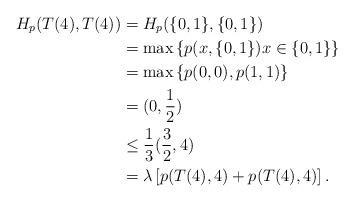
LaTeX: \begin{align*}H_p(T(4),T(4))&=H_p(\{0,1\},\{0,1\})\\&=\max\left\{p(x,\{0,1\})x\in\{0,1\}\right\}\\&=\max\left\{p(0,0),p(1,1)\right\}\\&=(0,\frac{1}{2})\\&\leq\frac{1}{3}(\frac{3}{2},4)\\&=\lambda\left[p(T(4),4)+p(T(4),4)\right].\end{align*}